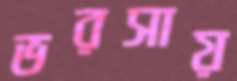
ভরসায়